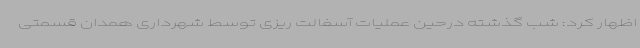
اظهار کرد: شب گذشته درحین عملیات آسفالت ریزی توسط شهرداری همدان قسمتی